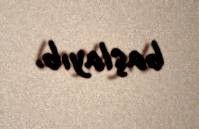
başlayıb.